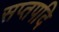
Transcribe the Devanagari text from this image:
सप्तपदि